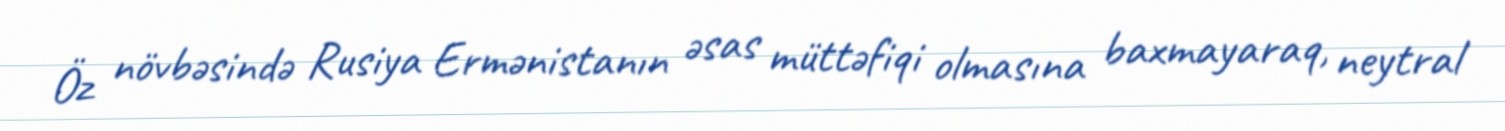
Öz növbəsində Rusiya Ermənistanın əsas müttəfiqi olmasına baxmayaraq, neytral